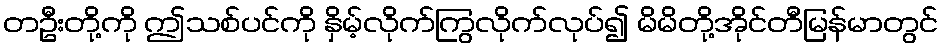
တဦးတို့ကို ဤသစ်ပင်ကို နှိမ့်လိုက်ကြွလိုက်လုပ်၍ မိမိတို့အိုင်တီမြန်မာတွင်